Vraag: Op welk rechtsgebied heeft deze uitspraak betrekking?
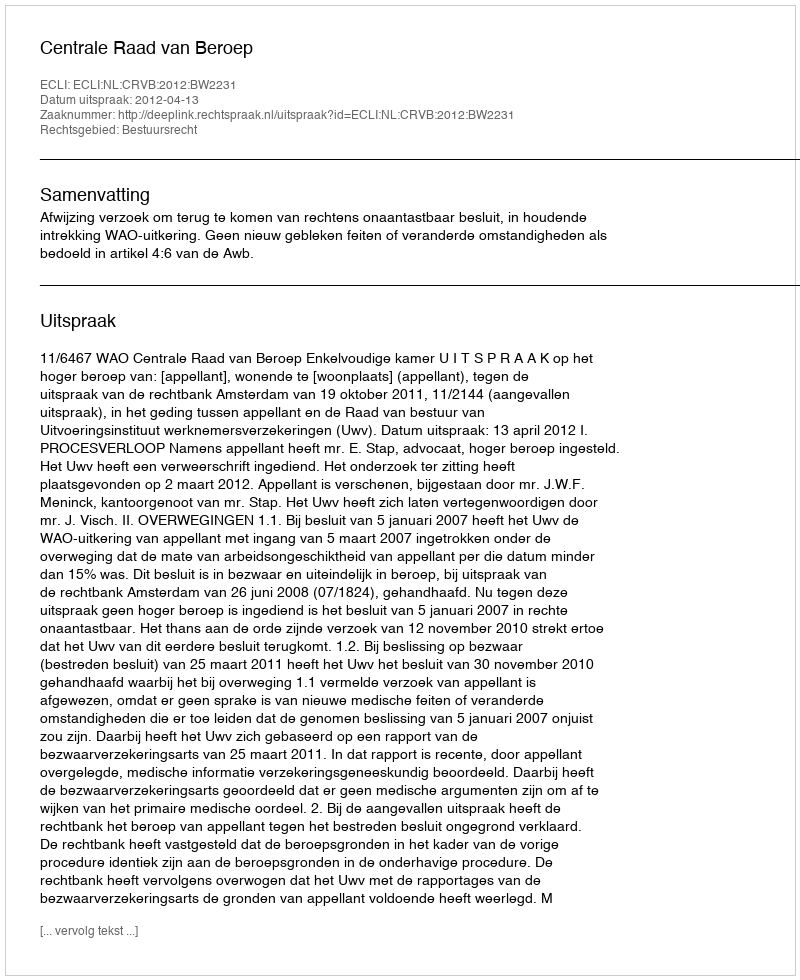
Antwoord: Bestuursrecht